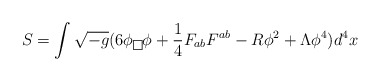
\begin{align*}S=\int \sqrt{-g}(6\phi \fbox{} \phi +\frac{1}{4}F_{ab}F^{ab}-R\phi^{2}+\Lambda \phi ^{4})d^{4}x \end{align*}